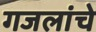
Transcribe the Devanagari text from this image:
गजलांचे